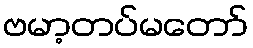
ဗမာ့တပ်မတော်